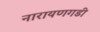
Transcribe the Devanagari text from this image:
नारायणगडी